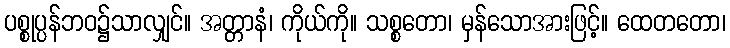
ပစ္စုပ္ပန်ဘဝ၌သာလျှင်။ အတ္တာနံ၊ ကိုယ်ကို။ သစ္စတော၊ မှန်သောအားဖြင့်။ ထေတတော၊